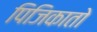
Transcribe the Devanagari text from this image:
पिजिकातो